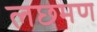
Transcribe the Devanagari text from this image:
लछमण